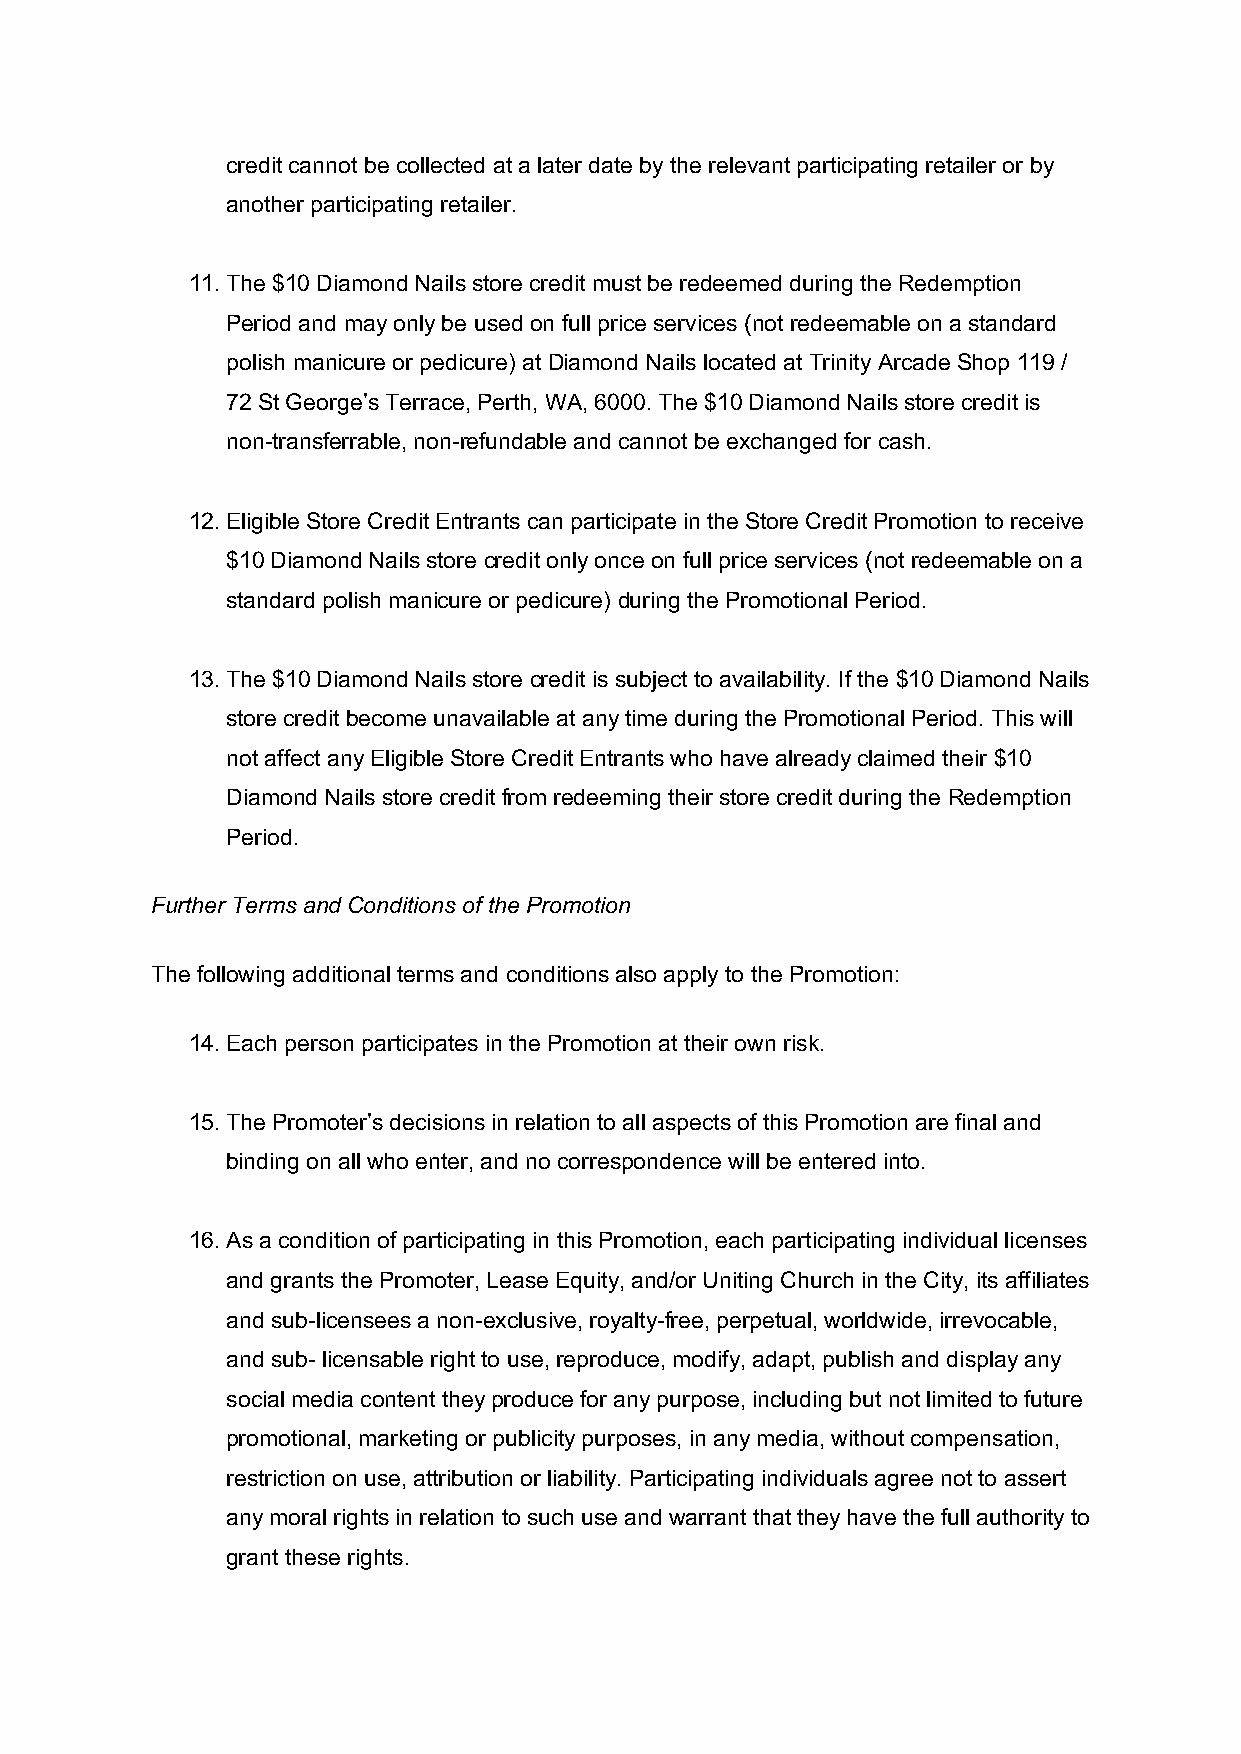
credit cannot be collected at a later date by the relevant participating retailer or by
 another participating retailer.
 11. The $10 Diamond Nails store credit must be redeemed during the Redemption
 Period and may only be used on full price services (not redeemable on a standard
 polish manicure or pedicure) at Diamond Nails located at Trinity Arcade Shop 119 /
 72 St George’s Terrace, Perth, WA, 6000. The $10 Diamond Nails store credit is
 non-transferrable, non-refundable and cannot be exchanged for cash.
 12. Eligible Store Credit Entrants can participate in the Store Credit Promotion to receive
 $10 Diamond Nails store credit only once on full price services (not redeemable on a
 standard polish manicure or pedicure) during the Promotional Period.
 13. The $10 Diamond Nails store credit is subject to availability. If the $10 Diamond Nails
 store credit become unavailable at any time during the Promotional Period. This will
 not affect any Eligible Store Credit Entrants who have already claimed their $10
 Diamond Nails store credit from redeeming their store credit during the Redemption
 Period.
 Further Terms and Conditions of the Promotion
 The following additional terms and conditions also apply to the Promotion:
 14. Each person participates in the Promotion at their own risk.
 15. The Promoter’s decisions in relation to all aspects of this Promotion are final and
 binding on all who enter, and no correspondence will be entered into.
 16. As a condition of participating in this Promotion, each participating individual licenses
 and grants the Promoter, Lease Equity, and/or Uniting Church in the City, its affiliates
 and sub-licensees a non-exclusive, royalty-free, perpetual, worldwide, irrevocable,
 and sub- licensable right to use, reproduce, modify, adapt, publish and display any
 social media content they produce for any purpose, including but not limited to future
 promotional, marketing or publicity purposes, in any media, without compensation,
 restriction on use, attribution or liability. Participating individuals agree not to assert
 any moral rights in relation to such use and warrant that they have the full authority to
 grant these rights.